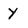
Character: Y